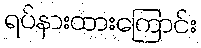
ရပ်နားထားကြောင်း